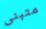
متبنى